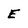
Character: E